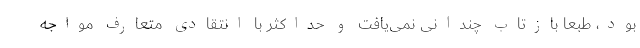
بود، طبعاً بازتاب چندانی نمی‌یافت و حداکثر با انتقادی متعارف مواجه